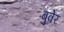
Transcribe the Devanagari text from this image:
बुवेर